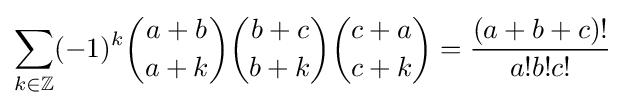
\sum _{k\in \mathbb {Z} }(-1)^{k}{a+b \choose a+k}{b+c \choose b+k}{c+a \choose c+k}={\frac {(a+b+c)!}{a!b!c!}}